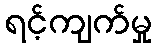
ရင့်ကျက်မှု